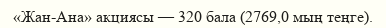
«Жан-Ана» акциясы — 320 бала (2769,0 мың теңге).